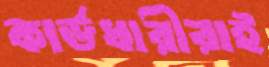
কার্ডধারীরাই